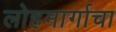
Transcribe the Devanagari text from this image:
लोहमार्गाचा